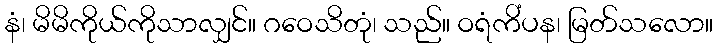
နံ၊ မိမိကိုယ်ကိုသာလျှင်။ ဂဝေသိတုံ၊ သည်။ ဝရံကိံပန၊ မြတ်သလော။